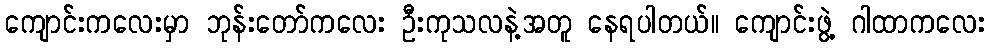
ကျောင်းကလေးမှာ ဘုန်းတော်ကလေး ဦးကုသလနဲ့အတူ နေရပါတယ်။ ကျောင်းဖွဲ့ ဂါထာကလေး